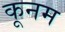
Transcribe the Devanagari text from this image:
कूनम